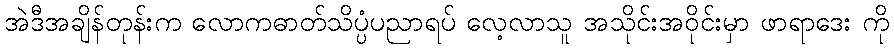
အဲဒီအချိန်တုန်းက လောကဓာတ်သိပ္ပံပညာရပ် လေ့လာသူ အသိုင်းအဝိုင်းမှာ ဖာရာဒေး ကို